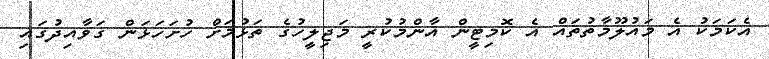
އެކަމަކު އެ މައުލޫމާތުތައް އެ ކޮމިޓީން އާންމުކުރީ މަޖިލީހުގެ ތަޅުމަށް ހުށަހަޅަން ގަވާއިދުގައި